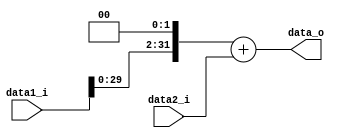
module Add_Branch
(
	data1_i,			//32 bits, need shift left 2
	data2_i,	 		//32 bits, inst addr
	data_o
);

input 	[31:0]	data1_i;
input 	[31:0]	data2_i; 
	
output 	[31:0]	data_o;
reg		[31:0]	tempdata1;


assign data_o = tempdata1 + data2_i;

always @(*)
	begin
		tempdata1 <= data1_i << 2;
	end
endmodule